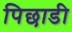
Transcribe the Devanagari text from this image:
पिछाडी